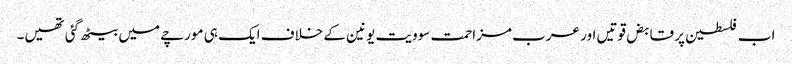
اب فلسطین پر قابض قوتیں اور عرب مزاحمت سوویت یونین کے خلاف ایک ہی مورچے میں بیٹھ گئی تھیں۔